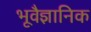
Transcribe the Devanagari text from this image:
भूवैज्ञानिक